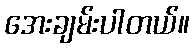
အေးချမ်းပါတယ်။